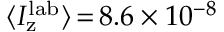
\langle I _ { \mathrm { z } } ^ { \mathrm { l a b } } \rangle \, { = } \, 8 . 6 \times 1 0 ^ { - 8 }